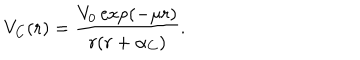
V _ { C } ( r ) = \frac { V _ { 0 } \exp ( - \mu r ) } { r ( r + \alpha _ { C } ) } .